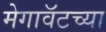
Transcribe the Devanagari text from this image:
मेगावॅटच्या